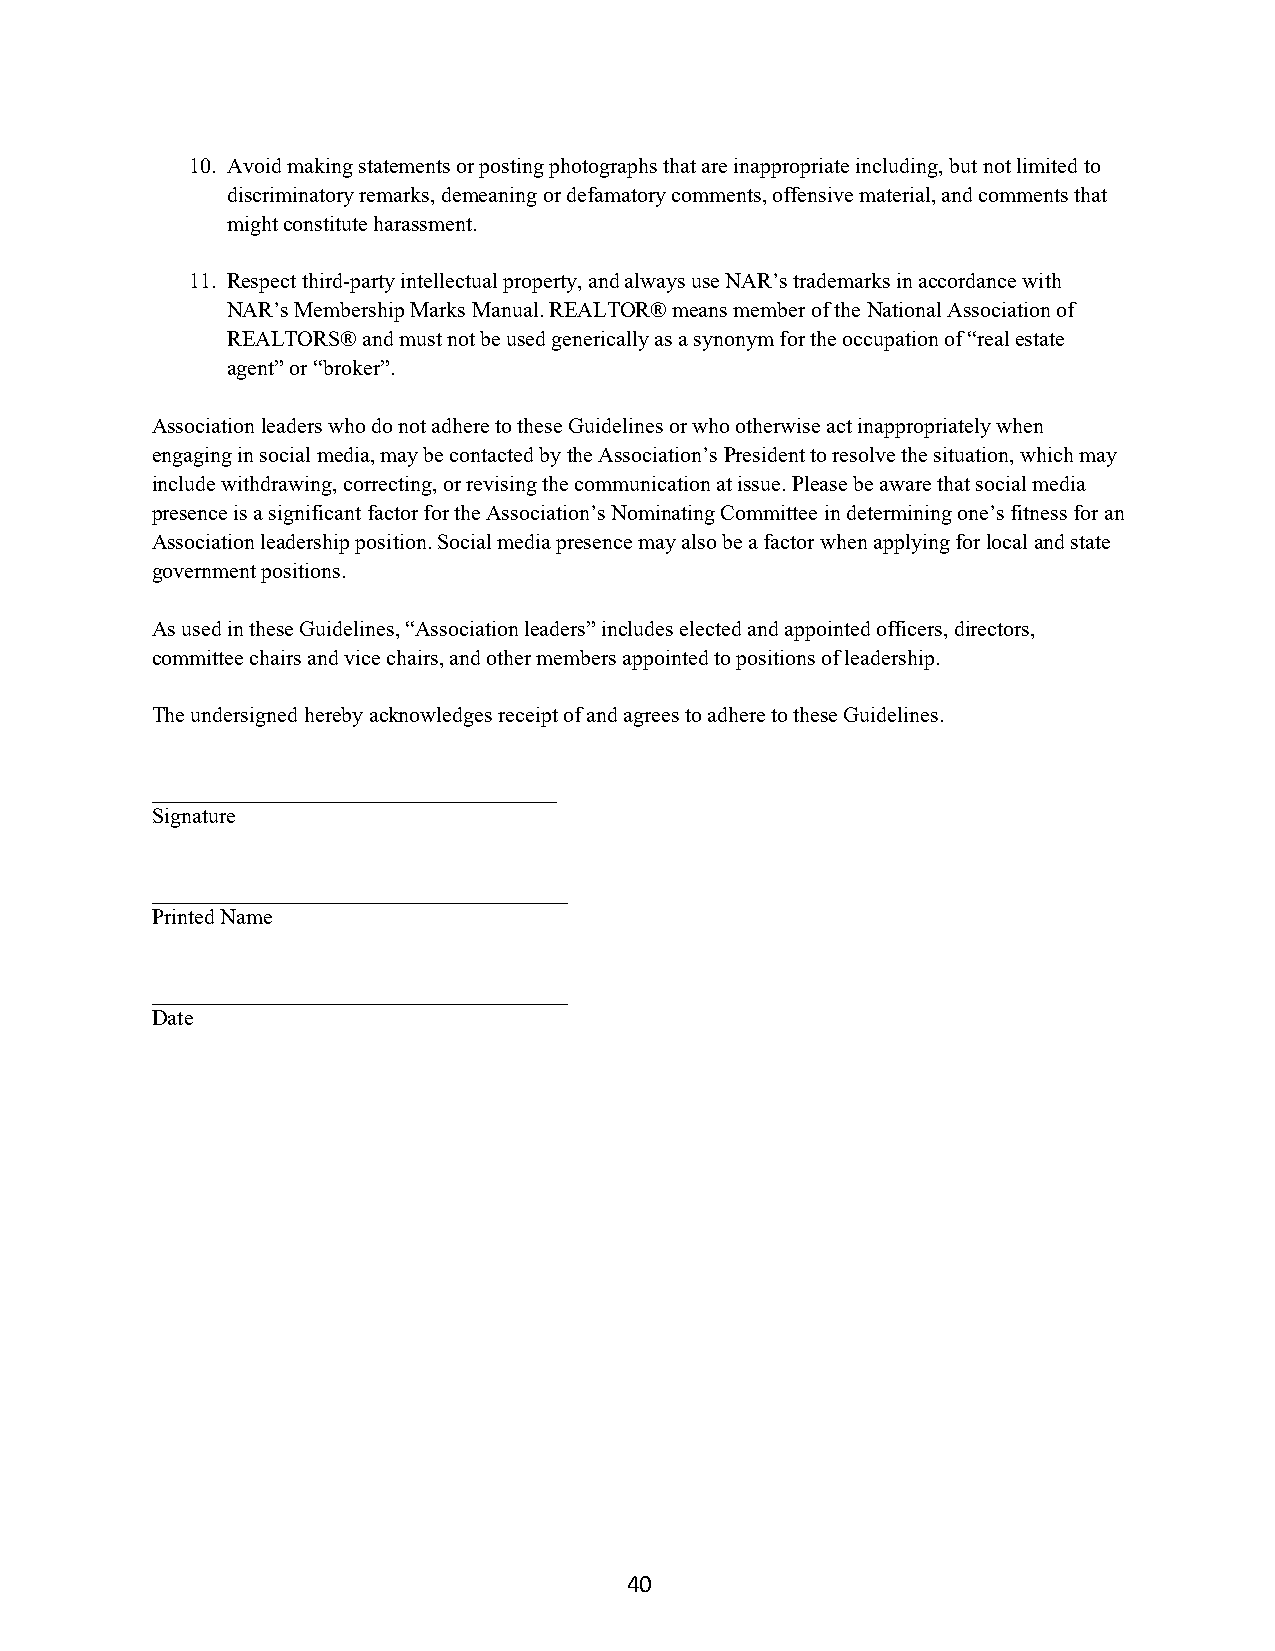
10. Avoid making statements or posting photographs that are inappropriate including, but not limited to
 discriminatory remarks, demeaning or defamatory comments, offensive material, and comments that
 might constitute harassment.
 11. Respect third-party intellectual property, and always use NAR’s trademarks in accordance with
 NAR’s Membership Marks Manual. REALTOR® means member of the National Association of
 REALTORS® and must not be used generically as a synonym for the occupation of “real estate
 agent” or “broker”.
 Association leaders who do not adhere to these Guidelines or who otherwise act inappropriately when
 engaging in social media, may be contacted by the Association’s President to resolve the situation, which may
 include withdrawing, correcting, or revising the communication at issue. Please be aware that social media
 presence is a significant factor for the Association’s Nominating Committee in determining one’s fitness for an
 Association leadership position. Social media presence may also be a factor when applying for local and state
 government positions.
 As used in these Guidelines, “Association leaders” includes elected and appointed officers, directors,
 committee chairs and vice chairs, and other members appointed to positions of leadership.
 The undersigned hereby acknowledges receipt of and agrees to adhere to these Guidelines.
 _____________________________________
 Signature
 ______________________________________
 Printed Name
 ______________________________________
 Date
 40